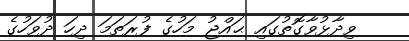
ވިދާޅުވާގޮތުގައި ޙައްޖު މަހުގެ ފުރަތަމަ ދިހަ ދުވަހުގެ